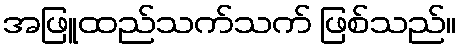
အဖြူထည်သက်သက် ဖြစ်သည်။